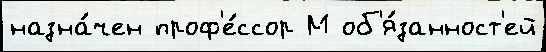
назна́чен проф'е́ссор М об'я́занност'ей